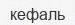
кефаль